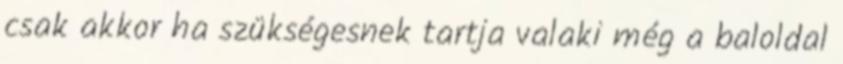
csak akkor ha szükségesnek tartja valaki még a baloldal